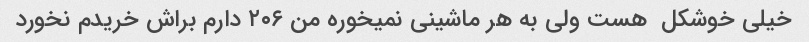
خیلی خوشکل  هست ولی به هر ماشینی نمیخوره من ۲۰۶ دارم براش خریدم نخورد